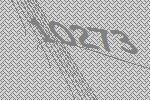
10273